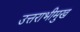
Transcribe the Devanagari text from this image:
उत्तराभीमुख